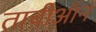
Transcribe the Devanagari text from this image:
ताचीऑन